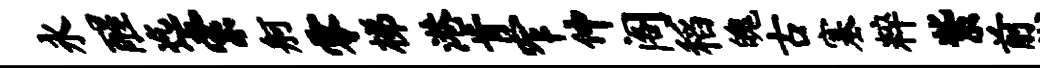
永醒迄索舸零梯港肯窄仲阁稻魄古塞粹紫煎